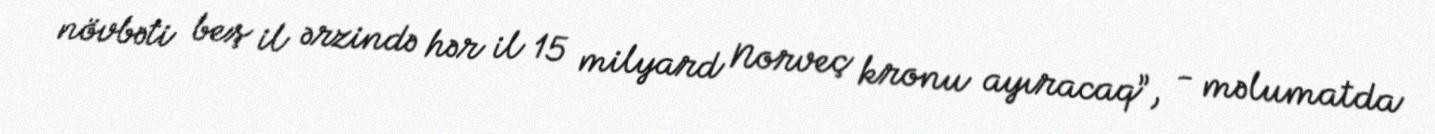
növbəti beş il ərzində hər il 15 milyard Norveç kronu ayıracaq”, - məlumatda